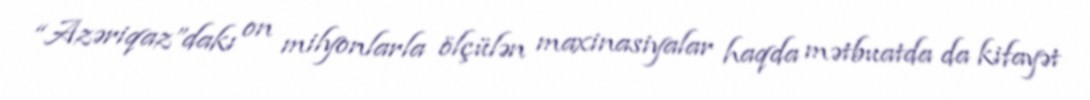
“Azəriqaz”dakı on milyonlarla ölçülən maxinasiyalar haqda mətbuatda da kifayət